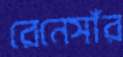
রেনেসাঁর